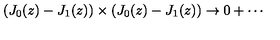
\left( J _ { 0 } ( z ) - J _ { 1 } ( z ) \right) \times \left( J _ { 0 } ( z ) - J _ { 1 } ( z ) \right) \rightarrow 0 + \cdots